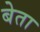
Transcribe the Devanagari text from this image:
बेता